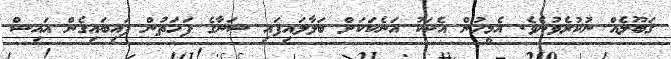
ޤަބޫލެއް ނުކުރެވުނެވެ. އެމީހުން އެކަކު އަނެކަކަށް ބަލާލައިފައި ސަނާގެ ފަހަތުން ފައިބައިގެން އައިސް